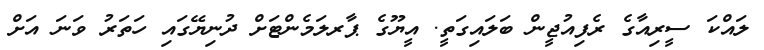
ލައްކަ ސީރިއާގެ ރެފިއުޖީން ބަލައިގަތީ. އީޔޫގެ ޕާރލަމެންޓަށް ދުނިޔޭގައި ހަތަރު ވަނަ އަށް